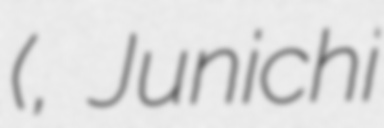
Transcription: (梶岡潤一, Junichi